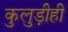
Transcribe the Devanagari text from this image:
कुलुड़ीही